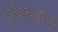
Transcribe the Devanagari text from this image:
अंमलाला